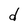
Character: d